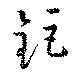
鉅